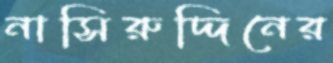
নাসিরুদ্দিনের